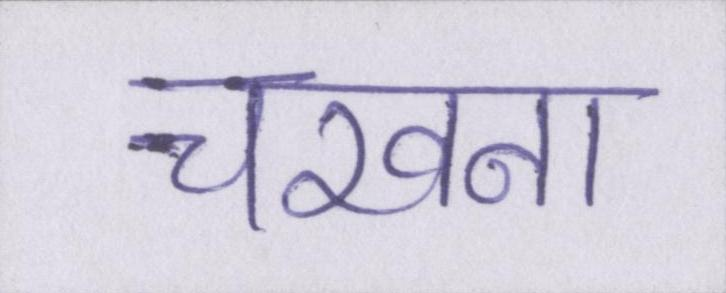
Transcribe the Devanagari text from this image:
चखना